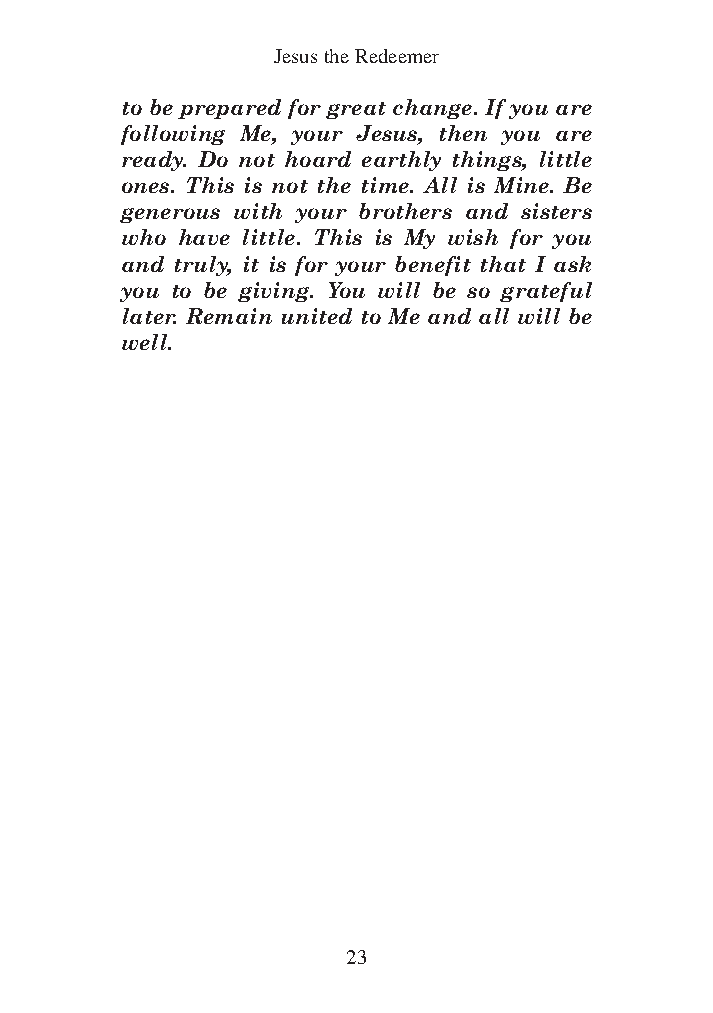
DFOT Vol 5 No App_1 12/3/13 8:54 PM Page 23
 Jesus the Redeemer
 to be prepared for great change. If you are
 following Me, your Jesus, then you are
 ready. Do not hoard earthly things, little
 ones. This is not the time. All is Mine. Be
 generous with your brothers and sisters
 who have little. This is My wish for you
 and truly, it is for your benefit that I ask
 you to be giving. You will be so grateful
 later. Remain united to Me and all will be
 well.
 23